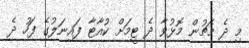
މި ދެ މެޗުން މޮޅުވާ ދެ ޓީމަށް ކުއާޓާ ފައިނަލުގެ ފަހު ދެ